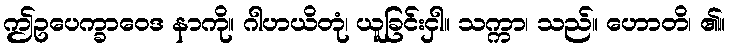
ဤဥပေက္ခာဝေဒ နာကို။ ဂါဟယိတုံ၊ ယူခြင်းငှါ။ သက္ကာ၊ သည်။ ဟောတိ၊ ၏။